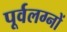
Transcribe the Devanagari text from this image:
पूर्वलग्नों